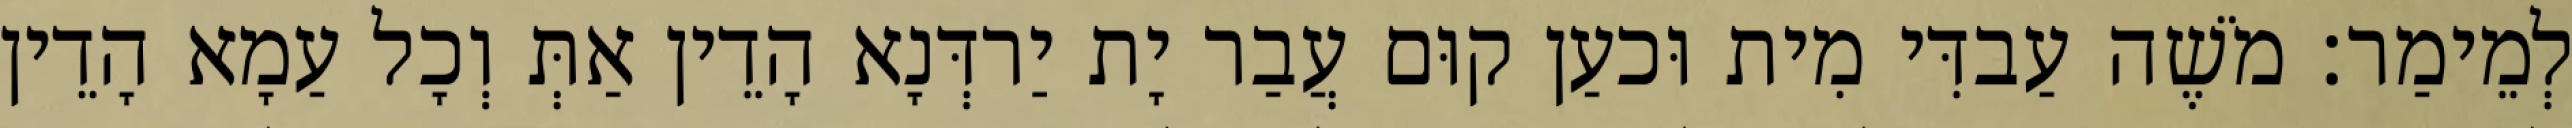
לְמֵימַר׃ מֹשֶׁה עַבדִּי מִית וּכעַן קוּם עֲבַר יָת יַרדְּנָא הָדֵין אַתְּ וְכָל עַמָא הָדֵין